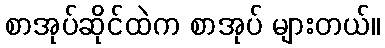
စာအုပ်ဆိုင်ထဲက စာအုပ် များတယ်။